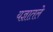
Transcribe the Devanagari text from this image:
यज्ञातले